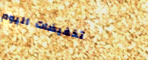
تخفيضات اليوم